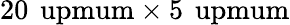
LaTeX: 20\, \mathrm{\ upmum}\times 5\, \mathrm{\ upmum}